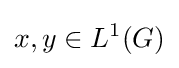
x,y\in L^{1}(G)